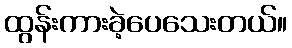
ထွန်းကားခဲ့ပေသေးတယ်။